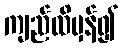
ကျည်ထိမှန်၍